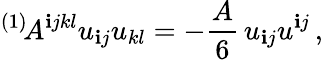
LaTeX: {}^{(1)}\! A^{\mathbf{i}jkl}u_{\mathbf{i}j}u_{kl}=-\frac{{A}}{{6}}\, u_{\mathbf{i}j}u^{\mathbf{i}j}\, ,